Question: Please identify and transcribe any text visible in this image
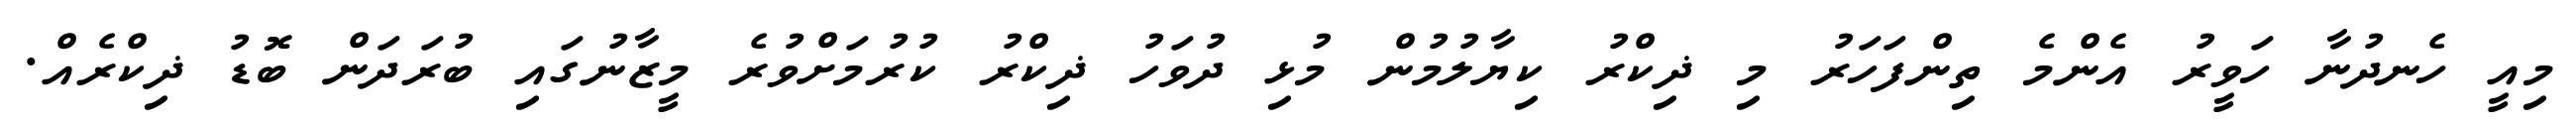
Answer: މިއީ ހެނދުނާ ހަވީރު އެންމެ ތިންފަހަރު މި ޛިކްރު ކިޔާލުމުން މުޅި ދުވަހު ޛިކްރު ކުރުމަށްވުރެ މީޒާނުގައި ބުރަދަން ބޮޑު ޛިކްރެއް.